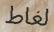
لغاط